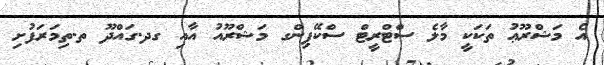
އެ މަޝްރޫޢު ތަކަކީ މާލެ ސްޓްރީޓް ސްކޭޕިންގ މަޝްރޫއު އާއި ގދ.ގައްދޫ ތ.ތިމަރަފުށި